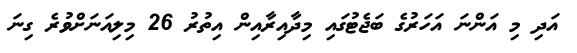
އަދި މި އަންނަ އަހަރުގެ ބަޖެޓުގައި މިދާއިރާއިން އިތުރު 26 މިލިއަނަށްވުރެ ގިނަ